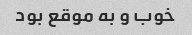
خوب و به موقع بود